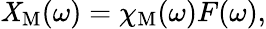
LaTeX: \mathit{X}_{\mathrm{{M}}}(\omega)=\chi_{\mathrm{{M}}}(\omega)F(\omega),